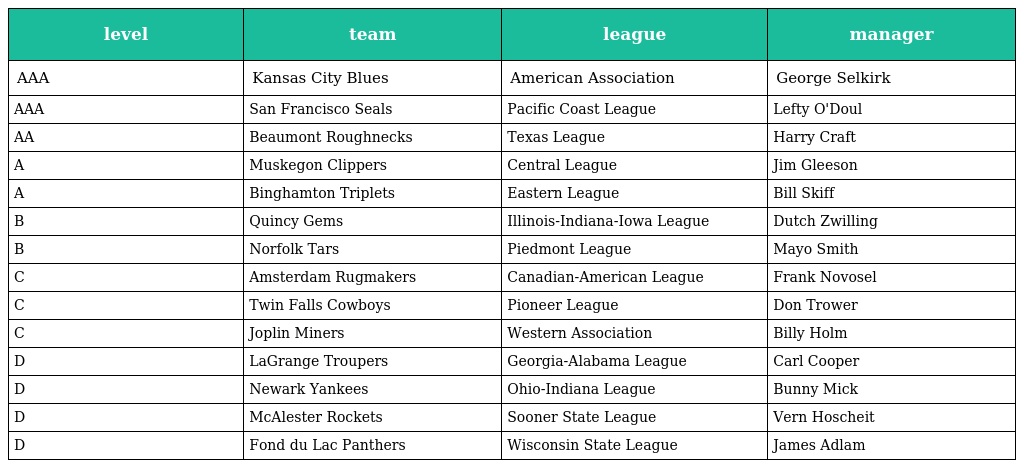
| level | team | league | manager |
 | --- | --- | --- | --- |
 | AAA | Kansas City Blues | American Association | George Selkirk |
 | AAA | San Francisco Seals | Pacific Coast League | Lefty O'Doul |
 | AA | Beaumont Roughnecks | Texas League | Harry Craft |
 | A | Muskegon Clippers | Central League | Jim Gleeson |
 | A | Binghamton Triplets | Eastern League | Bill Skiff |
 | B | Quincy Gems | Illinois-Indiana-Iowa League | Dutch Zwilling |
 | B | Norfolk Tars | Piedmont League | Mayo Smith |
 | C | Amsterdam Rugmakers | Canadian-American League | Frank Novosel |
 | C | Twin Falls Cowboys | Pioneer League | Don Trower |
 | C | Joplin Miners | Western Association | Billy Holm |
 | D | LaGrange Troupers | Georgia-Alabama League | Carl Cooper |
 | D | Newark Yankees | Ohio-Indiana League | Bunny Mick |
 | D | McAlester Rockets | Sooner State League | Vern Hoscheit |
 | D | Fond du Lac Panthers | Wisconsin State League | James Adlam |